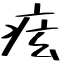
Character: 痃